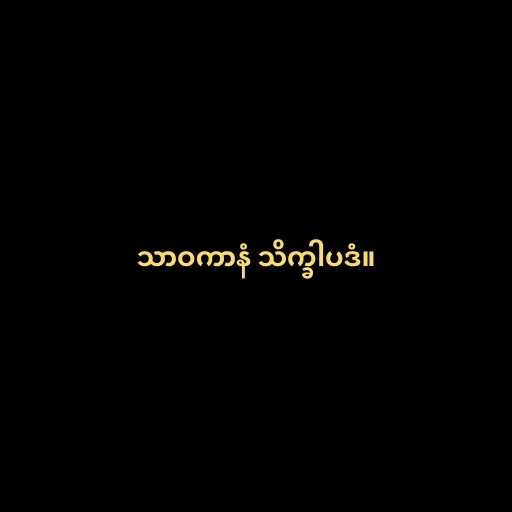
သာဝကာနံ သိက္ခါပဒံ။